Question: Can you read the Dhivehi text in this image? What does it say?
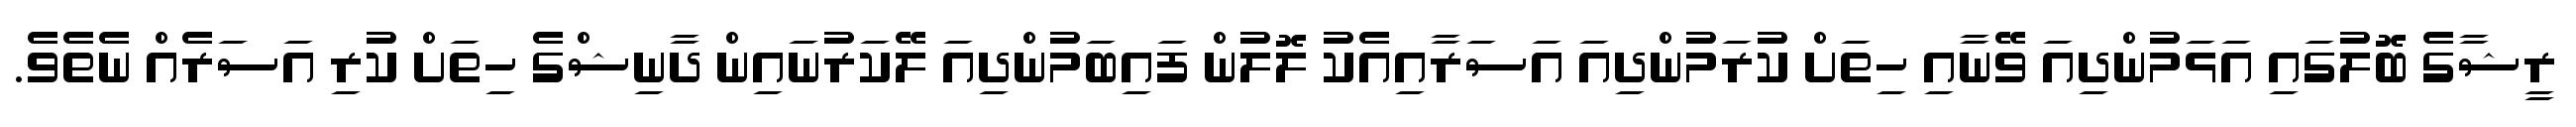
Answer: ރީޝާގެ ބޮލުގައި އަޅަމުންދިއަ ވޭނާއި ހިތަށް ކުރަމުންދިއަ އަސަރާއިއެކު ލޮލުން ފައިބަމުންދިއަ ލޭކަރުނައިން ދާނިޝްގެ ހިތަށް ކުރި އަސަރެއް ނެތެވެ.